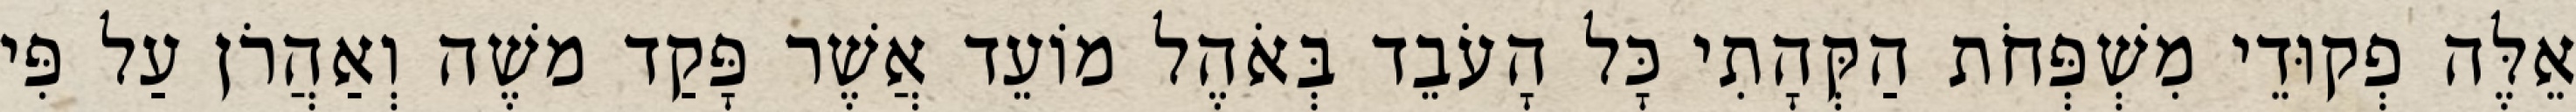
אֵלֶּה פְקוּדֵי מִשְׁפְּחֹת הַקְּהָתִי כָּל הָעֹבֵד בְּאֹהֶל מוֹעֵד אֲשֶׁר פָּקַד משֶׁה וְאַהֲרֹן עַל פִּי